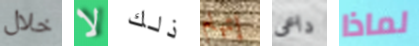
خلال لا ذلك إتهام داعى لماذا